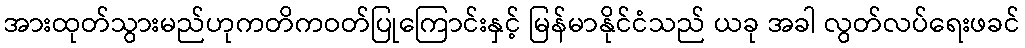
အားထုတ်သွားမည်ဟုကတိကဝတ်ပြုကြောင်းနှင့် မြန်မာနိုင်ငံသည် ယခု အခါ လွတ်လပ်ရေးဖခင်